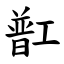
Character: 㠮